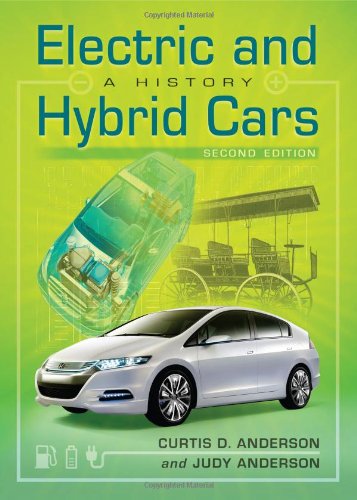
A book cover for Electric and Hybrid Cars: A History; Curtis D. Anderson; Engineering & Transportation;